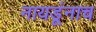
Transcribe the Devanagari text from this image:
नायडूंनाच